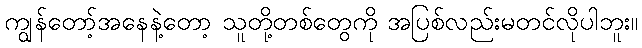
ကျွန်တော့်အနေနဲ့တော့ သူတို့တစ်တွေကို အပြစ်လည်းမတင်လိုပါဘူး။